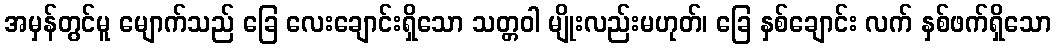
အမှန်တွင်မူ မျောက်သည် ခြေ လေးချောင်းရှိသော သတ္တဝါ မျိုးလည်းမဟုတ်၊ ခြေ နှစ်ချောင်း လက် နှစ်ဖက်ရှိသော